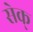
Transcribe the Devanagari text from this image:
सेक्